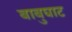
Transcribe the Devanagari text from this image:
बाबुघाट